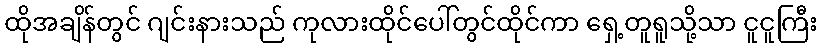
ထိုအချိန်တွင် ဂျင်းနားသည် ကုလားထိုင်ပေါ်တွင်ထိုင်ကာ ရှေ့တူရူသို့သာ ငူငူကြီး